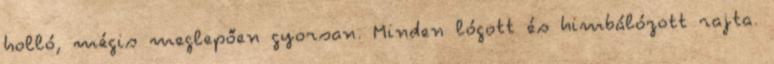
holló, mégis meglepően gyorsan. Minden lógott és himbálózott rajta.